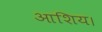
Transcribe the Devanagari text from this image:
आशिय।